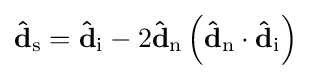
\mathbf {\hat {d}} _{\mathrm {s} }=\mathbf {\hat {d}} _{\mathrm {i} }-2\mathbf {\hat {d}} _{\mathrm {n} }\left(\mathbf {\hat {d}} _{\mathrm {n} }\cdot \mathbf {\hat {d}} _{\mathrm {i} }\right)